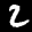
Label: 2